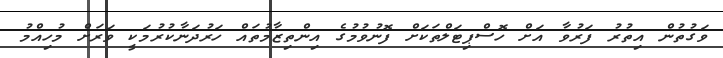
ވަގުތުން އިތުރު ފަރުވާ އަށް ހޮސްޕިޓަލްތަކަށް ފޮނުވުމުގެ އިންތިޒާމުތައް ހަރުދަނާކުރުމަކީ ވަރަށް މުހިއްމު